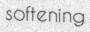
softening